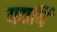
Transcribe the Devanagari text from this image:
यद्यपिं